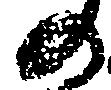
の